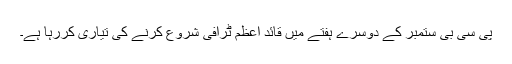
پی سی بی ستمبر کے دوسرے ہفتے میں قائد اعظم ٹرافی شروع کرنے کی تیاری کررہا ہے۔